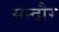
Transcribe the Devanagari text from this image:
मन्दौर